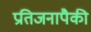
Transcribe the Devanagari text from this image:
प्रतिजनापैकी